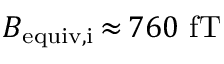
B _ { \mathrm { e q u i v , i } } \, { \approx } \, 7 6 0 ~ \mathrm { f T }